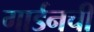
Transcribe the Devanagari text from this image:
गार्डनची